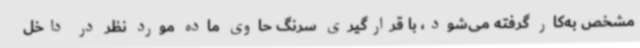
مشخص به‌کار گرفته می‌شود، با قرارگیری سرنگ حاوی ماده مورد نظر در داخل